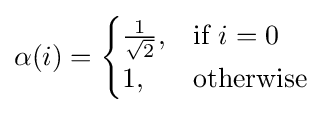
\alpha (i)={\begin{cases}{\frac {1}{\sqrt {2}}},&{\mbox{if }}i=0\\1,&{\mbox{otherwise}}\end{cases}}